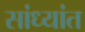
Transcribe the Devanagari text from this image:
सांध्यांत